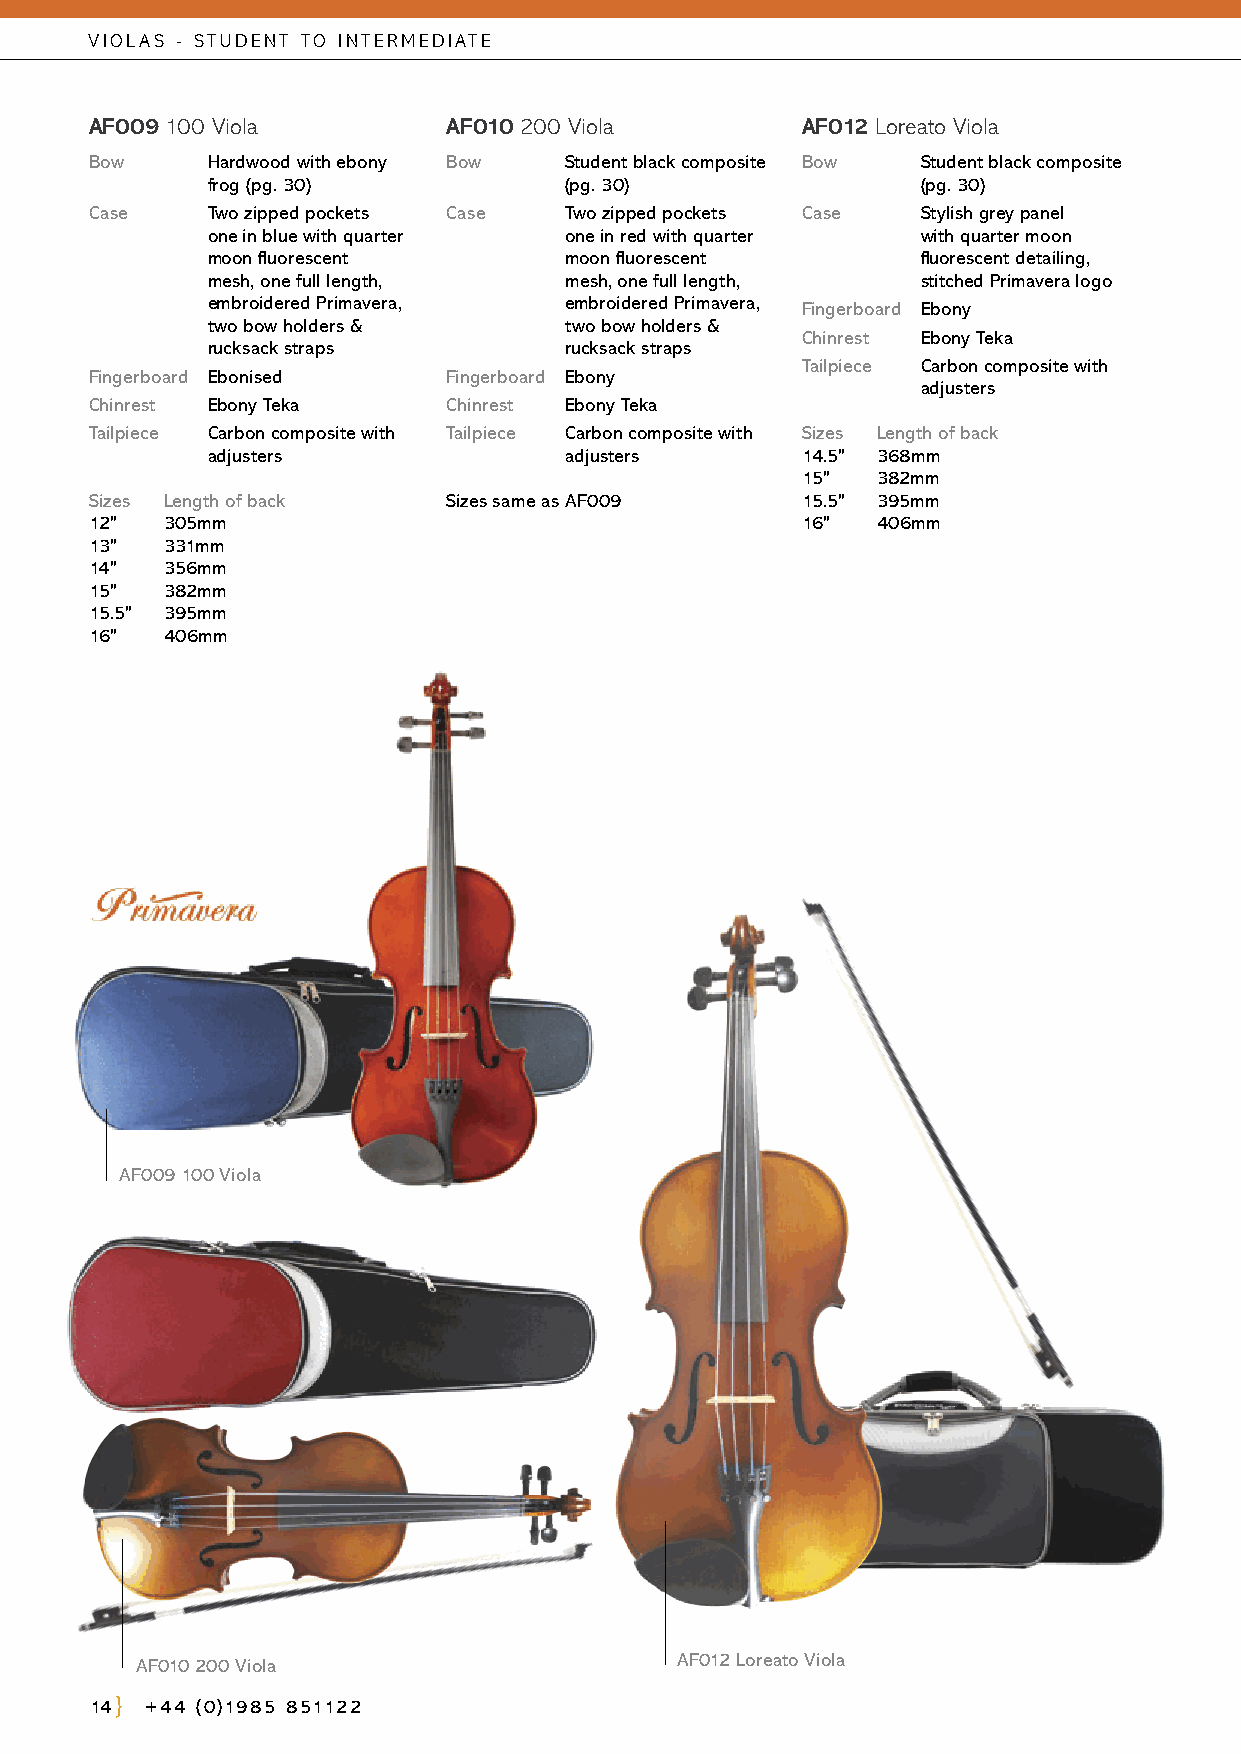
VIOLAS - STUDENT TO INTERMEDIATE
 AF009 100 Viola         AF010 200 Viola        AF012 Loreato Viola
 Bow     Hardwood with ebony Bow Student black composite Bow Student black composite
 frog (pg. 30)          (pg. 30)                (pg. 30)
 Case    T wo zipped pockets Case Two zipped pockets Case S tylish grey panel
 one in blue with quarter one in red with quarter with quarter moon
 moon fluorescent       moon fluorescent        fluorescent detailing,
 mesh, one full length, mesh, one full length,  stitched Primavera logo
 embroidered Primavera, embroidered Primavera, Fingerboard Ebony
 two bow holders &      two bow holders &
 Chinrest Ebony Teka
 rucksack straps        rucksack straps
 Tailpiece Carbon composite with
 Fingerboard Ebonised    Fingerboard Ebony
 adjusters
 Chinrest Ebony Teka     Chinrest Ebony Teka
 Tailpiece C arbon composite with Tailpiece C arbon composite with Sizes Length of back
 adjusters              adjusters       14.5" 368mm
 15"  382mm
 Sizes Length of back    Sizes same as AF009    15.5" 395mm
 12"  305mm                                     16"  406mm
 13"  331mm
 14"  356mm
 15"  382mm
 15.5" 395mm
 16"  406mm
 AF009 100 Viola
 AF010 200 Viola                     AF012 Loreato Viola
 14  +44 (0)1985 851122